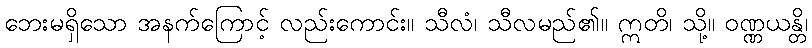
ဘေးမရှိသော အနက်ကြောင့် လည်းကောင်း။ သီလံ၊ သီလမည်၏။ ဣတိ၊ သို့။ ဝဏ္ဏယန္တိ၊